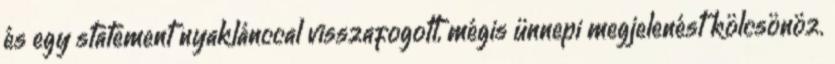
és egy statement nyaklánccal visszafogott, mégis ünnepi megjelenést kölcsönöz.